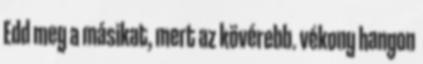
Edd meg a másikat, mert az kövérebb. vékony hangon